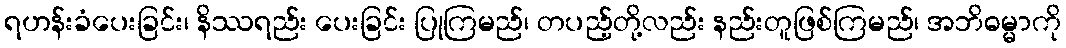
ရဟန်းခံပေးခြင်း၊ နိဿရည်း ပေးခြင်း ပြုကြမည်၊ တပည့်တို့လည်း နည်းတူဖြစ်ကြမည်၊ အဘိဓမ္မာကို